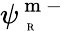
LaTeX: \psi_{\mathrm{~\tiny~R~}}^{\mathrm{~m~-~}}